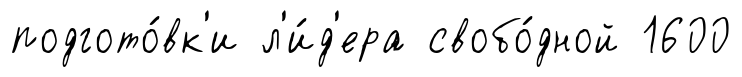
подгото́вк'и л'и́д'ера свобо́дной 1600